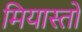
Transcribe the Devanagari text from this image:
मियास्तो